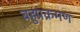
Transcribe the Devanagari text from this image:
बहुप्रक्रमण